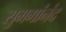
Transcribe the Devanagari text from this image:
सुभगांनंद